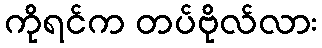
ကိုရင်က တပ်ဗိုလ်လား